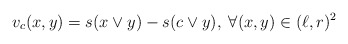
\begin{align*}v_c(x,y)= s(x\vee y)-s(c\vee y), \; \forall (x,y)\in (\ell,r)^2\;\end{align*}